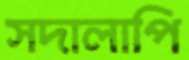
সদালাপি